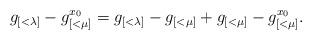
LaTeX: \begin{align*}g_{[<\lambda]} - g_{[<\mu]}^{x_0}= g_{[<\lambda]} - g_{[<\mu]} + g_{[<\mu]} - g_{[<\mu]}^{x_0}.\end{align*}